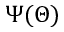
\Psi ( \Theta )